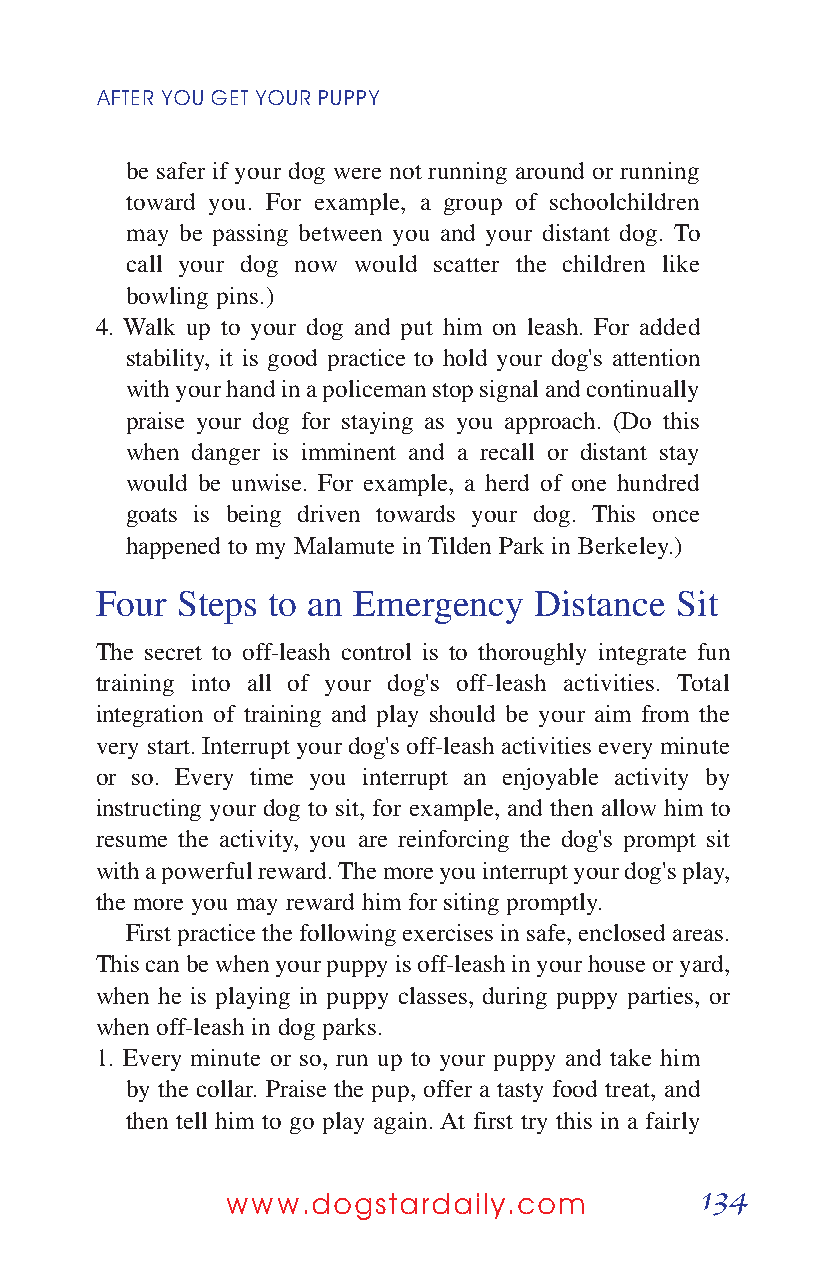
AFTER YOUGETYOURPUPPY
 be safer if your dog were not running around or running
 toward you. For example, a group of schoolchildren
 may be passing between you and your distant dog. To
 call your dog now would scatter the children like
 bowling pins.)
 4. Walk up to your dog and put him on leash. For added
 stability, it is good practice to hold your dog's attention
 with your hand in a policeman stop signal and continually
 praise your dog for staying as you approach. (Do this
 when danger is imminent and a recall or distant stay
 would be unwise. For example, a herd of one hundred
 goats is being driven towards your dog. This once
 happened to my Malamute in Tilden Park in Berkeley.)
 Four  Steps to an Emergency  Distance  Sit
 The secret to off-leash control is to thoroughly integrate fun
 training into all of your dog's off-leash activities. Total
 integration of training and play should be your aim from the
 very start. Interrupt your dog's off-leash activities every minute
 or so. Every time you interrupt an enjoyable activity by
 instructing your dog to sit, for example, and then allow him to
 resume the activity, you are reinforcing the dog's prompt sit
 with a powerful reward. The more you interrupt your dog's play,
 the more you may reward him for siting promptly.
 First practice the following exercises in safe, enclosed areas.
 This can be when your puppy is off-leash in your house or yard,
 when he is playing in puppy classes, during puppy parties, or
 when off-leash in dog parks.
 1. Every minute or so, run up to your puppy and take him
 by the collar. Praise the pup, offer a tasty food treat, and
 then tell him to go play again. At first try this in a fairly
 134
 www.dogstardaily.com